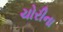
ચોરીના